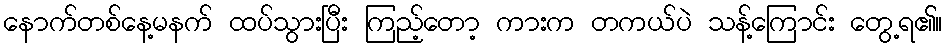
နောက်တစ်နေ့မနက် ထပ်သွားပြီး ကြည့်တော့ ကားက တကယ်ပဲ သန့်ကြောင်း တွေ့ရ၏။